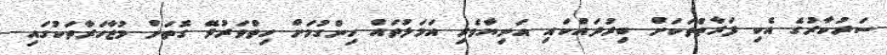
ސަރުކާރުގެ އެކި ފަރާތްތަކަށް ބިރުދައްކައި އަނިޔާވެރި އަމަލުތައް ހިންގުމަށް ހިތްވަރުދޭ ގޮތަށް މުޒާހަރާތަކުގައި